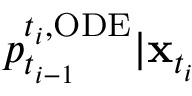
p _ { t _ { i - 1 } } ^ { t _ { i } , \mathrm { O D E } } | \mathbf { x } _ { t _ { i } }